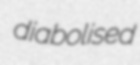
diabolised